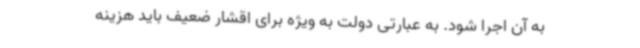
به آن اجرا شود. به عبارتی دولت به ویژه برای اقشار ضعیف باید هزینه